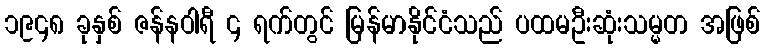
၁၉၄၈ ခုနှစ် ဇန်နဝါရီ ၄ ရက်တွင် မြန်မာနိုင်ငံသည် ပထမဦးဆုံးသမ္မတ အဖြစ်